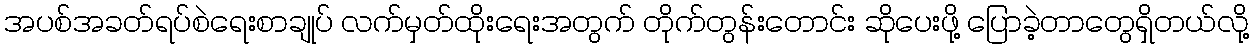
အပစ်အခတ်ရပ်စဲရေးစာချုပ် လက်မှတ်ထိုးရေးအတွက် တိုက်တွန်းတောင်း ဆိုပေးဖို့ ပြောခဲ့တာတွေရှိတယ်လို့